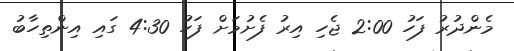
މެންދުރު ފަހު 2:00 ޖެހި އިރު ފެށުމަށް ފަހު 4:30 ގައި އިންތިހާބު